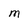
Character: M